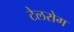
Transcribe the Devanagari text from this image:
टेलरोग